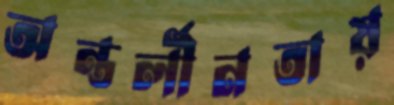
অন্তর্লীনতায়